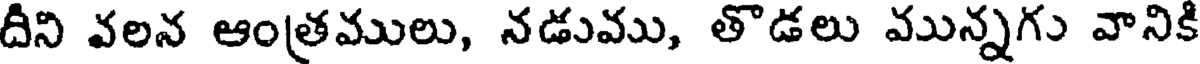
దీని వలన ఆంత్రములు, నడుము, తొడలు మున్నగు వానికి